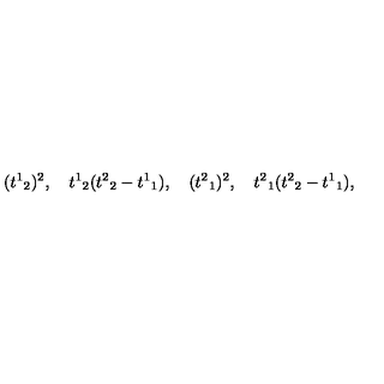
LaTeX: ( { t ^ { 1 } } _ { 2 } ) ^ { 2 } , \quad { t ^ { 1 } } _ { 2 } ( { t ^ { 2 } } _ { 2 } - { t ^ { 1 } } _ { 1 } ) , \quad ( { t ^ { 2 } } _ { 1 } ) ^ { 2 } , \quad { t ^ { 2 } } _ { 1 } ( { t ^ { 2 } } _ { 2 } - { t ^ { 1 } } _ { 1 } ) ,